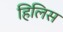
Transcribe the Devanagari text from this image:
हिलिस